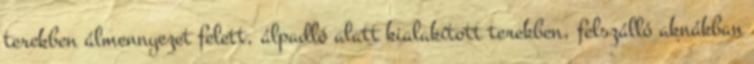
terekben álmennyezet felett, álpadló alatt kialakított terekben, felszálló aknákban